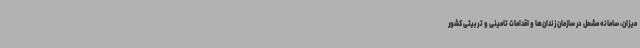
میزان، سامانه مشعل در سازمان زندان‌ها و اقدامات تامینی و تربیتی کشور